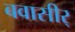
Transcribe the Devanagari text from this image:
बवासीर्